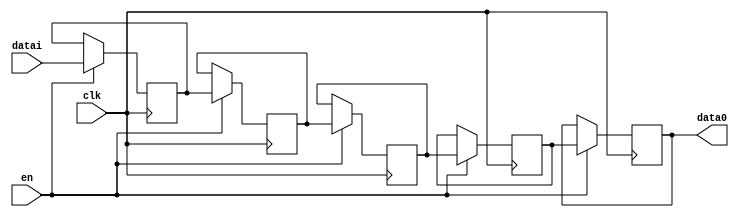
/*
 * From our research paper "High-Performance Hardware Implementation of CRYSTALS-Dilithium"
 * by Luke Beckwith, Duc Tri Nguyen, Kris Gaj
 * at George Mason University, USA
 * https://eprint.iacr.org/2021/1451.pdf
 * =============================================================================
 * Copyright (c) 2021 by Cryptographic Engineering Research Group (CERG)
 * ECE Department, George Mason University
 * Fairfax, VA, U.S.A.
 * Licensed under the Apache License, Version 2.0 (the "License");
 * you may not use this file except in compliance with the License.
 * You may obtain a copy of the License at
 *     http://www.apache.org/licenses/LICENSE-2.0
 * Unless required by applicable law or agreed to in writing, software
 * distributed under the License is distributed on an "AS IS" BASIS,
 * WITHOUT WARRANTIES OR CONDITIONS OF ANY KIND, either express or implied.
 * See the License for the specific language governing permissions and
 * limitations under the License.
 * =============================================================================
 * @author   Luke Beckwith <lbeckwit@gmu.edu>
 */


`timescale 1ns / 1ps

module NTT_PIPO
# (parameter DEPTH = 5)
    (
    input clk,
    input en,
    input [95:0] datai,
    output [95:0] data0
    );
    
    reg [95:0] PIPO [DEPTH-1:0];
    
    assign data0 = PIPO[DEPTH-1];
        
    integer i;
    initial begin
        for (i = 0; i < DEPTH; i = i + 1)
            PIPO[i] = 0;
    end

    always @(posedge clk) begin
        if (en) begin
            PIPO[0] <= datai;
            for (i = 0; i < DEPTH-1; i = i + 1)
                PIPO[i+1] <= PIPO[i];
        end
    
    end
    
    
    
endmodule